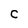
Character: C